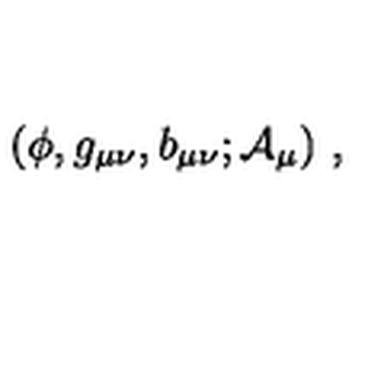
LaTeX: ( \phi , g _ { \mu \nu } , b _ { \mu \nu } ; { \cal A } _ { \mu } ) \ ,